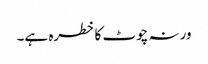
ورنہ چوٹ کا خطرہ ہے۔